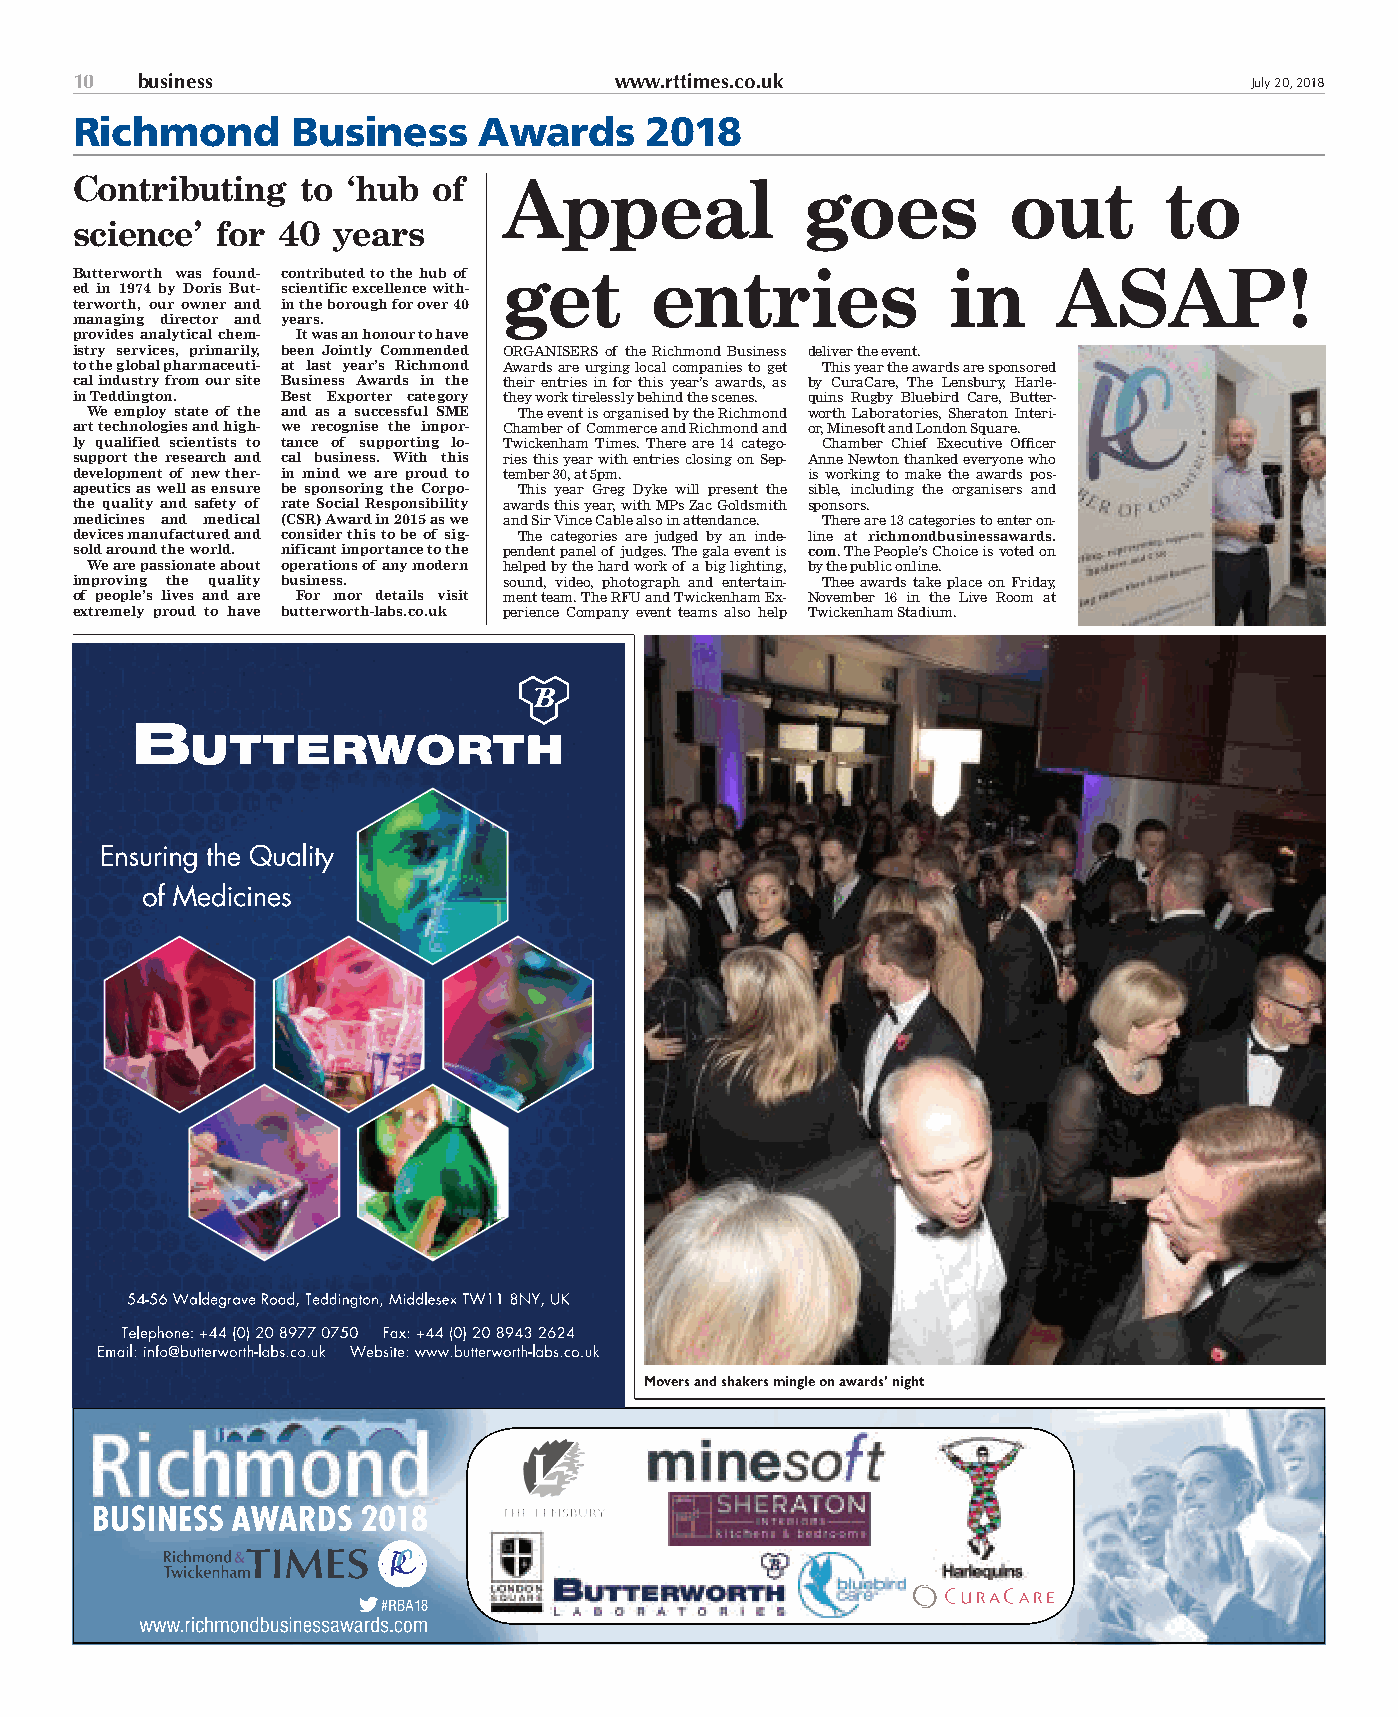
10  business                        www.rttimes.co.uk                         July 20, 2018
 Richmond      Business     Awards     2018
 Contributing   to ‘hub  of  Appeal              goes          out       to
 science’ for 40  years
 Butterworth was found- contributed to the hub of get entries in  ASAP!
 ed in 1974 by Doris But- scientific excellence with-
 terworth, our owner and in the borough for over 40
 managing director and years.
 provides analytical chem- It was an honour to have
 istry services, primarily, been Jointly Commended ORGANISERS of the Richmond Business deliver the event.
 to the global pharmaceuti- at last year’s Richmond Awards are urging local companies to get This year the awards are sponsored
 cal industry from our site Business Awards in the their entries in for this year’s awards, as by CuraCare, The Lensbury, Harle-
 in Teddington. Best Exporter category they work tirelessly behind the scenes. quins Rugby Bluebird Care, Butter-
 We employ state of the and as a successful SME The event is organised by the Richmond worth Laboratories, Sheraton Interi-
 art technologies and high- we recognise the impor- Chamber of Commerce and Richmond and or, Minesoft and London Square.
 ly qualified scientists to tance of supporting lo- Twickenham Times. There are 14 catego- Chamber Chief Executive Officer
 support the research and cal business. With this ries this year with entries closing on Sep- Anne Newton thanked everyone who
 development of new ther- in mind we are proud to tember 30, at 5pm. is working to make the awards pos-
 apeutics as well as ensure be sponsoring the Corpo- This year Greg Dyke will present the sible, including the organisers and
 the quality and safety of rate Social Responsibility awards this year, with MPs Zac Goldsmith sponsors.
 medicines and medical (CSR) Award in 2015 as we and Sir Vince Cable also in attendance. There are 13 categories to enter on-
 devices manufactured and consider this to be of sig- The categories are judged by an inde- line at richmondbusinessawards.
 sold around the world. nificant importance to the pendent panel of judges. The gala event is com. The People’s Choice is voted on
 We are passionate about operations of any modern helped by the hard work of a big lighting, by the public online.
 improving the quality business. sound, video, photograph and entertain- Thee awards take place on Friday,
 of people’s lives and are For mor details visit ment team. The RFU and Twickenham Ex- November 16 in the Live Room at
 extremely proud to have butterworth-labs.co.uk perience Company event teams also help Twickenham Stadium.
 Movers and shakers mingle on awards’ night